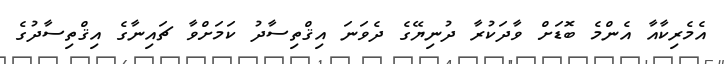
އެމެރިކާއާ އެންމެ ބޮޑަށް ވާދަކުރާ ދުނިޔޭގެ ދެވަނަ އިޤްތިސާދު ކަމަށްވާ ޗައިނާގެ އިޤްތިސާދުގެ